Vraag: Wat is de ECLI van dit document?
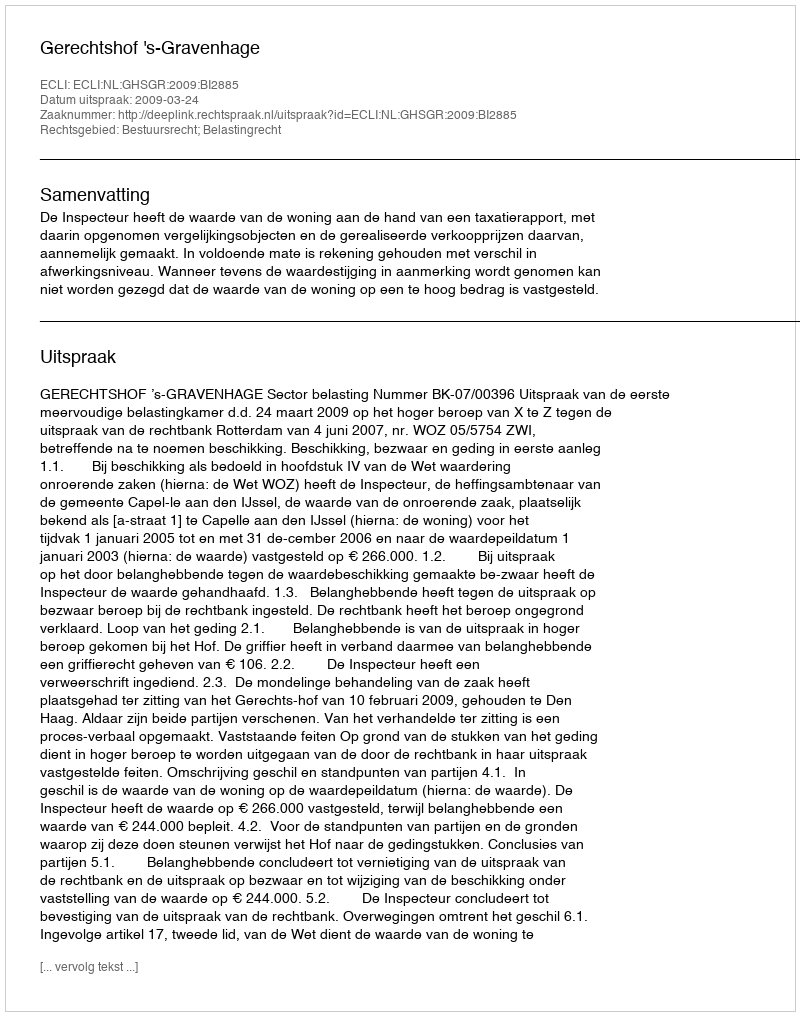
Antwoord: ECLI:NL:GHSGR:2009:BI2885